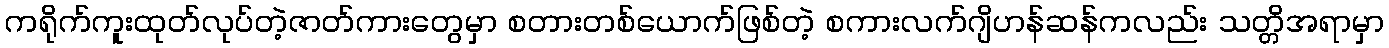
ကရိုက်ကူးထုတ်လုပ်တဲ့ဇာတ်ကားတွေမှာ စတားတစ်ယောက်ဖြစ်တဲ့ စကားလက်ဂျိဟန်ဆန်ကလည်း သတ္တိအရာမှာ